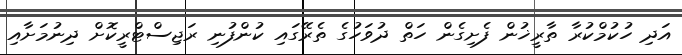
އަދި ހުކުމްކުރާ ތާރީޚުން ފެށިގެން ހަތް ދުވަހުގެ ތެރޭގައި ކުންފުނި ރަޖިސްޓްރީކޮށް ދިނުމަށާއި